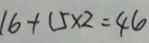
1 6 + 1 5 \times 2 = 4 6